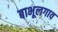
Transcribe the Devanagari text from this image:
बाभूलगाव